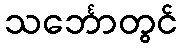
သင်္ဘောတွင်